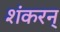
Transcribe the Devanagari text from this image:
शंकरन्